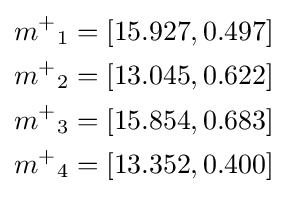
{\begin{aligned}{m^{+}}_{1}&=[15.927,0.497]\\{m^{+}}_{2}&=[13.045,0.622]\\{m^{+}}_{3}&=[15.854,0.683]\\{m^{+}}_{4}&=[13.352,0.400]\end{aligned}}